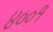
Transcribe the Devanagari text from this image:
४००१